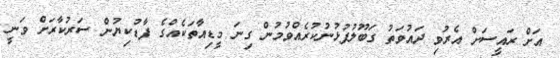
އަށް ރައީސަށް އެރުވި ދައުވަތު ގަބޫލުފުޅުނުކުރެއްވުމުން ގިނަ މީޑިއާތަކެއްގެ ފާޑުކިޔުން ސަރުކާރަށް ވަނީ